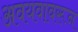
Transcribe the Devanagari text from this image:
अवयवावरून